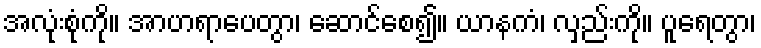
အလုံးစုံကို။ အာဟရာပေတွာ၊ ဆောင်စေ၍။ ယာနကံ၊ လှည်းကို။ ပူရေတွာ၊